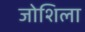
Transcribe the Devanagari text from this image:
जोशिला